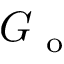
G _ { \mathrm { ~ o ~ } }